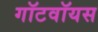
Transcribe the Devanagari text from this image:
गॉटवॉयस